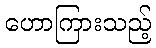
ဟောကြားသည့်